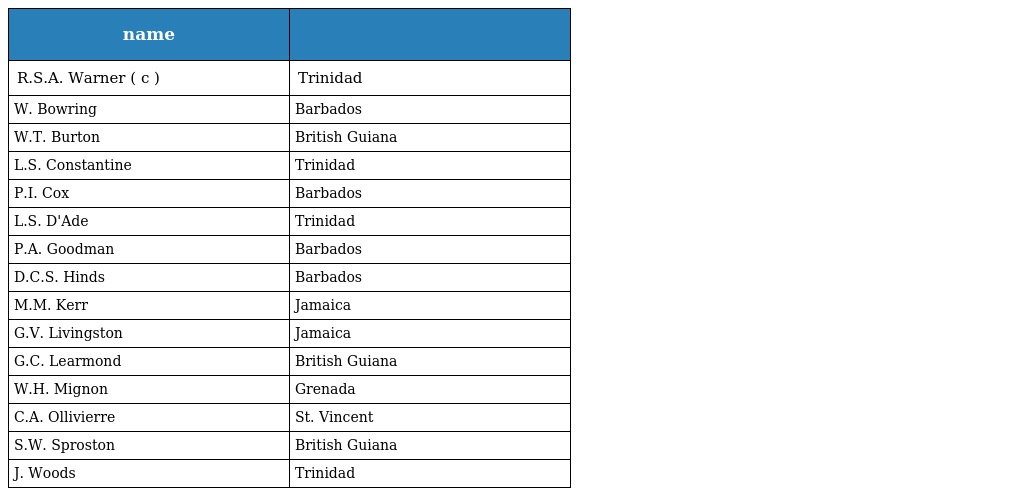
| name |  |
 | --- | --- |
 | R.S.A. Warner ( c ) | Trinidad |
 | W. Bowring | Barbados |
 | W.T. Burton | British Guiana |
 | L.S. Constantine | Trinidad |
 | P.I. Cox | Barbados |
 | L.S. D'Ade | Trinidad |
 | P.A. Goodman | Barbados |
 | D.C.S. Hinds | Barbados |
 | M.M. Kerr | Jamaica |
 | G.V. Livingston | Jamaica |
 | G.C. Learmond | British Guiana |
 | W.H. Mignon | Grenada |
 | C.A. Ollivierre | St. Vincent |
 | S.W. Sproston | British Guiana |
 | J. Woods | Trinidad |